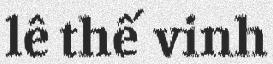
lê thế vinh